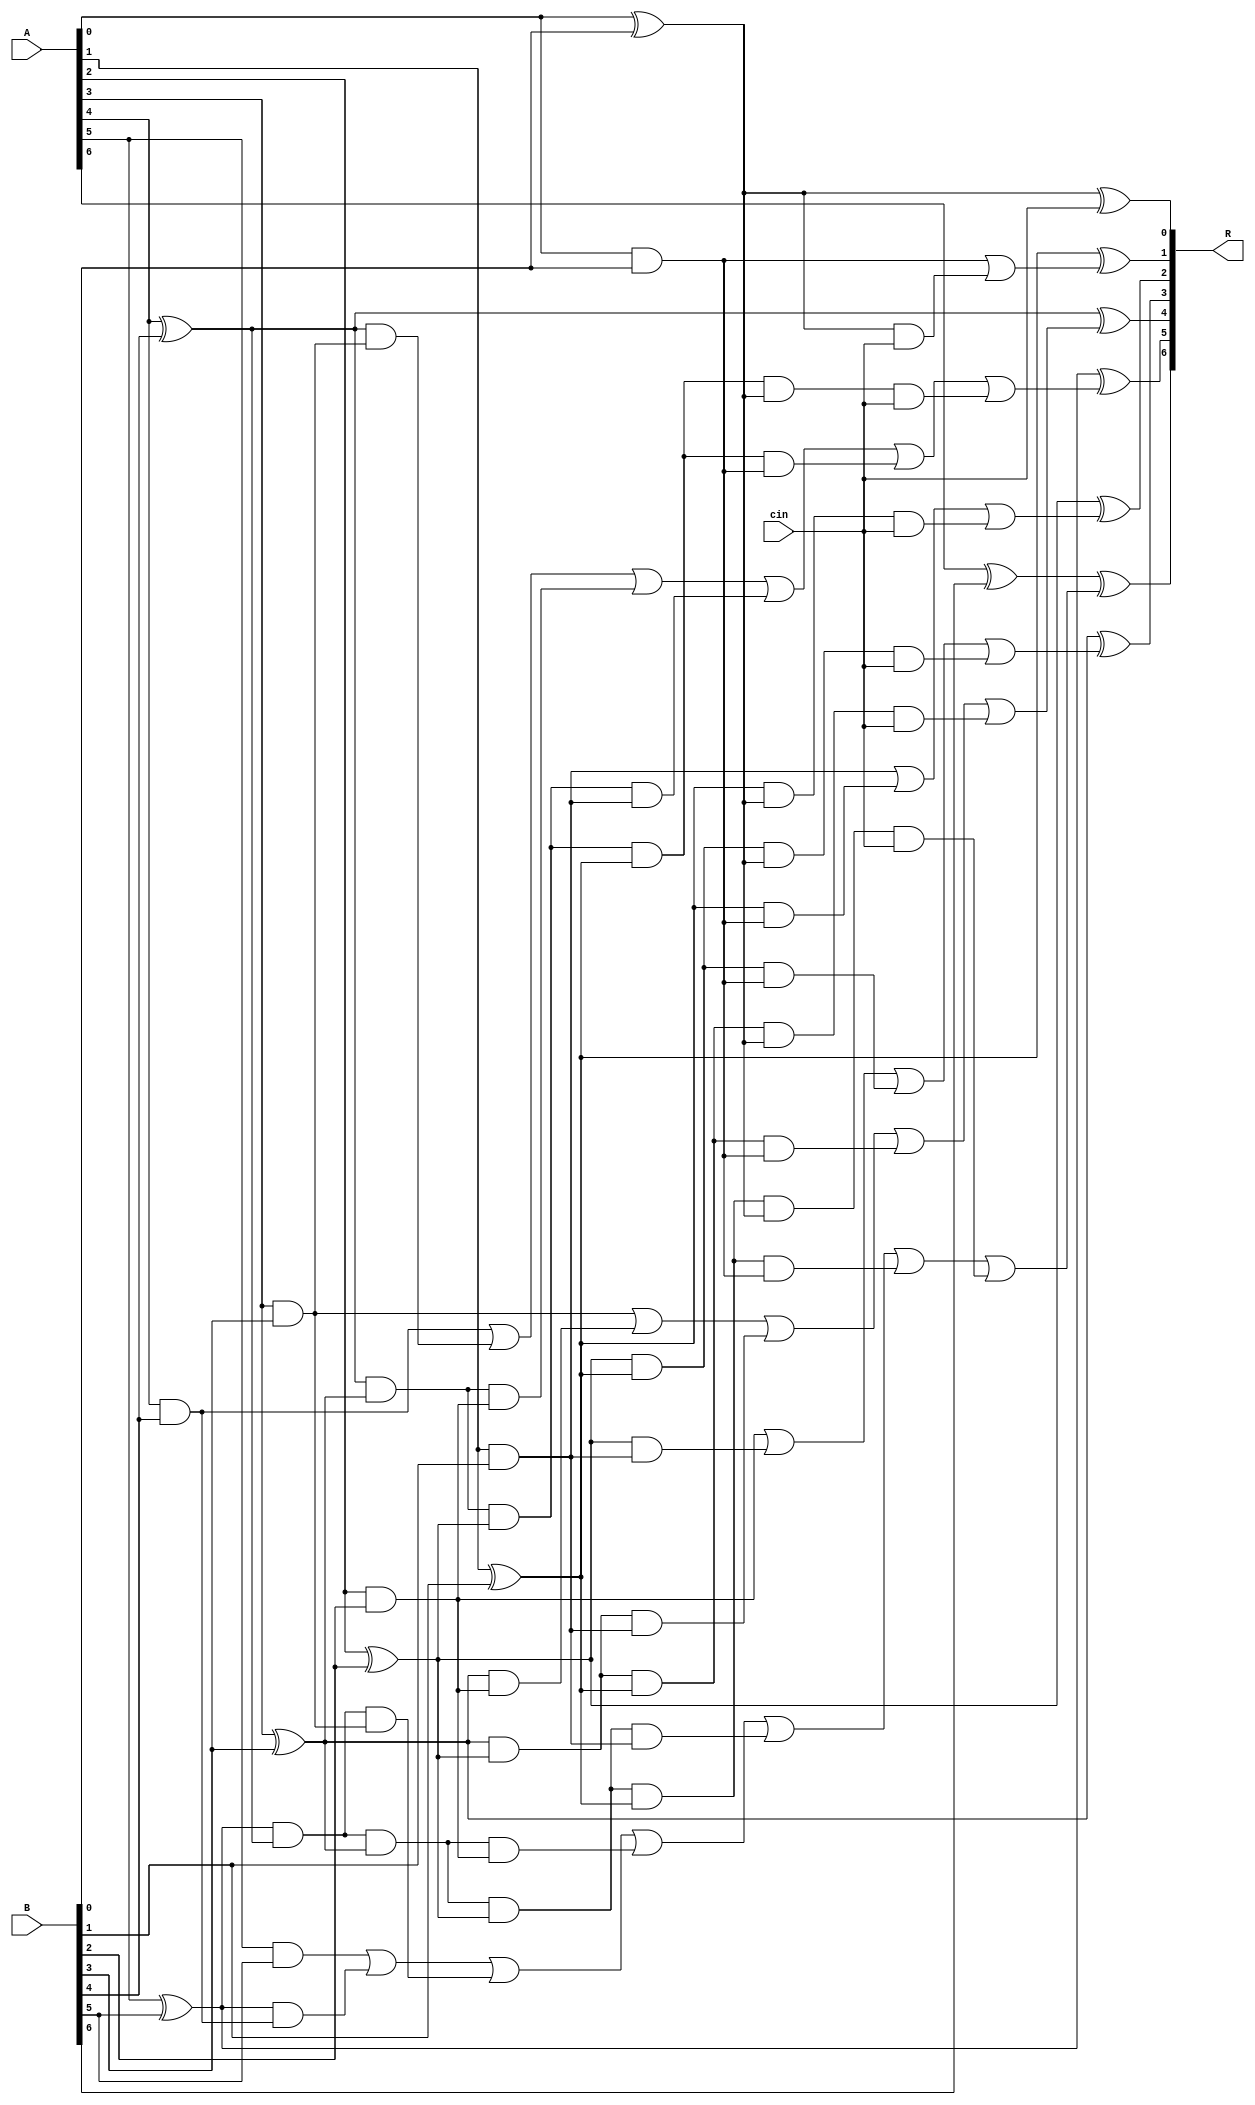
module carry_look_ahead_adder7
(
input [6:0] A, B,
input cin,
output [6:0] R
);
wire p0,  p1,  p2,  p3,  p4,  p5,  p6; 
wire g0,  g1,  g2,  g3,  g4,  g5; 
wire c0,  c1,  c2,  c3,  c4,  c5,  c6; 

assign p0 = A[0] ^ B[0];
assign p1 = A[1] ^ B[1];
assign p2 = A[2] ^ B[2];
assign p3 = A[3] ^ B[3];
assign p4 = A[4] ^ B[4];
assign p5 = A[5] ^ B[5];
assign p6 = A[6] ^ B[6];

assign g0 = A[0] & B[0];
assign g1 = A[1] & B[1];
assign g2 = A[2] & B[2];
assign g3 = A[3] & B[3];
assign g4 = A[4] & B[4];
assign g5 = A[5] & B[5];
//assign g6 = A[6] & B[6];

assign c0 = cin;
assign c1 = g0 | (p0 & cin);
assign c2 = g1 | (p1 & g0) | (p1 & p0 & cin);
assign c3 = g2 | (p2 & g1) | (p2 & p1 & g0) | (p2 & p1 & p0 & cin);
assign c4 = g3 | (p3 & g2) | (p3 & p2 & g1) | (p3 & p2 & p1 & g0) | (p3 & p2 & p1 & p0 & cin);
assign c5 = g4 | (p4 & g3) | (p4 & p3 & g2) | (p4 & p3 & p2 & g1) | (p4 & p3 & p2 & p1 & g0) | (p4 & p3 & p2 & p1 & p0 & cin);
assign c6 = g5 | (p5 & g4) | (p5 & p4 & g3) | (p5 & p4 & p3 & g2) | (p5 & p4 & p3 & p2 & g1) | (p5 & p4 & p3 & p2 & p1 & g0) | (p5 & p4 & p3 & p2 & p1 & p0 & cin);

assign R[0] = p0 ^ c0;
assign R[1] = p1 ^ c1;
assign R[2] = p2 ^ c2;
assign R[3] = p3 ^ c3;
assign R[4] = p4 ^ c4;
assign R[5] = p5 ^ c5;
assign R[6] = p6 ^ c6;

endmodule